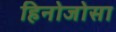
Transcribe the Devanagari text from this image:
हिनोजोसा